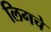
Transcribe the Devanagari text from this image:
लिगचे